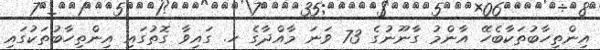
އިންތިހާބުތަކާބެހޭ އާންމު ގާނޫނުގެ 73 ވަނަ މާއްދާގެ ހ. ގައިވާ ގޮތުގައި އިންތިހާބުތަކުގައި